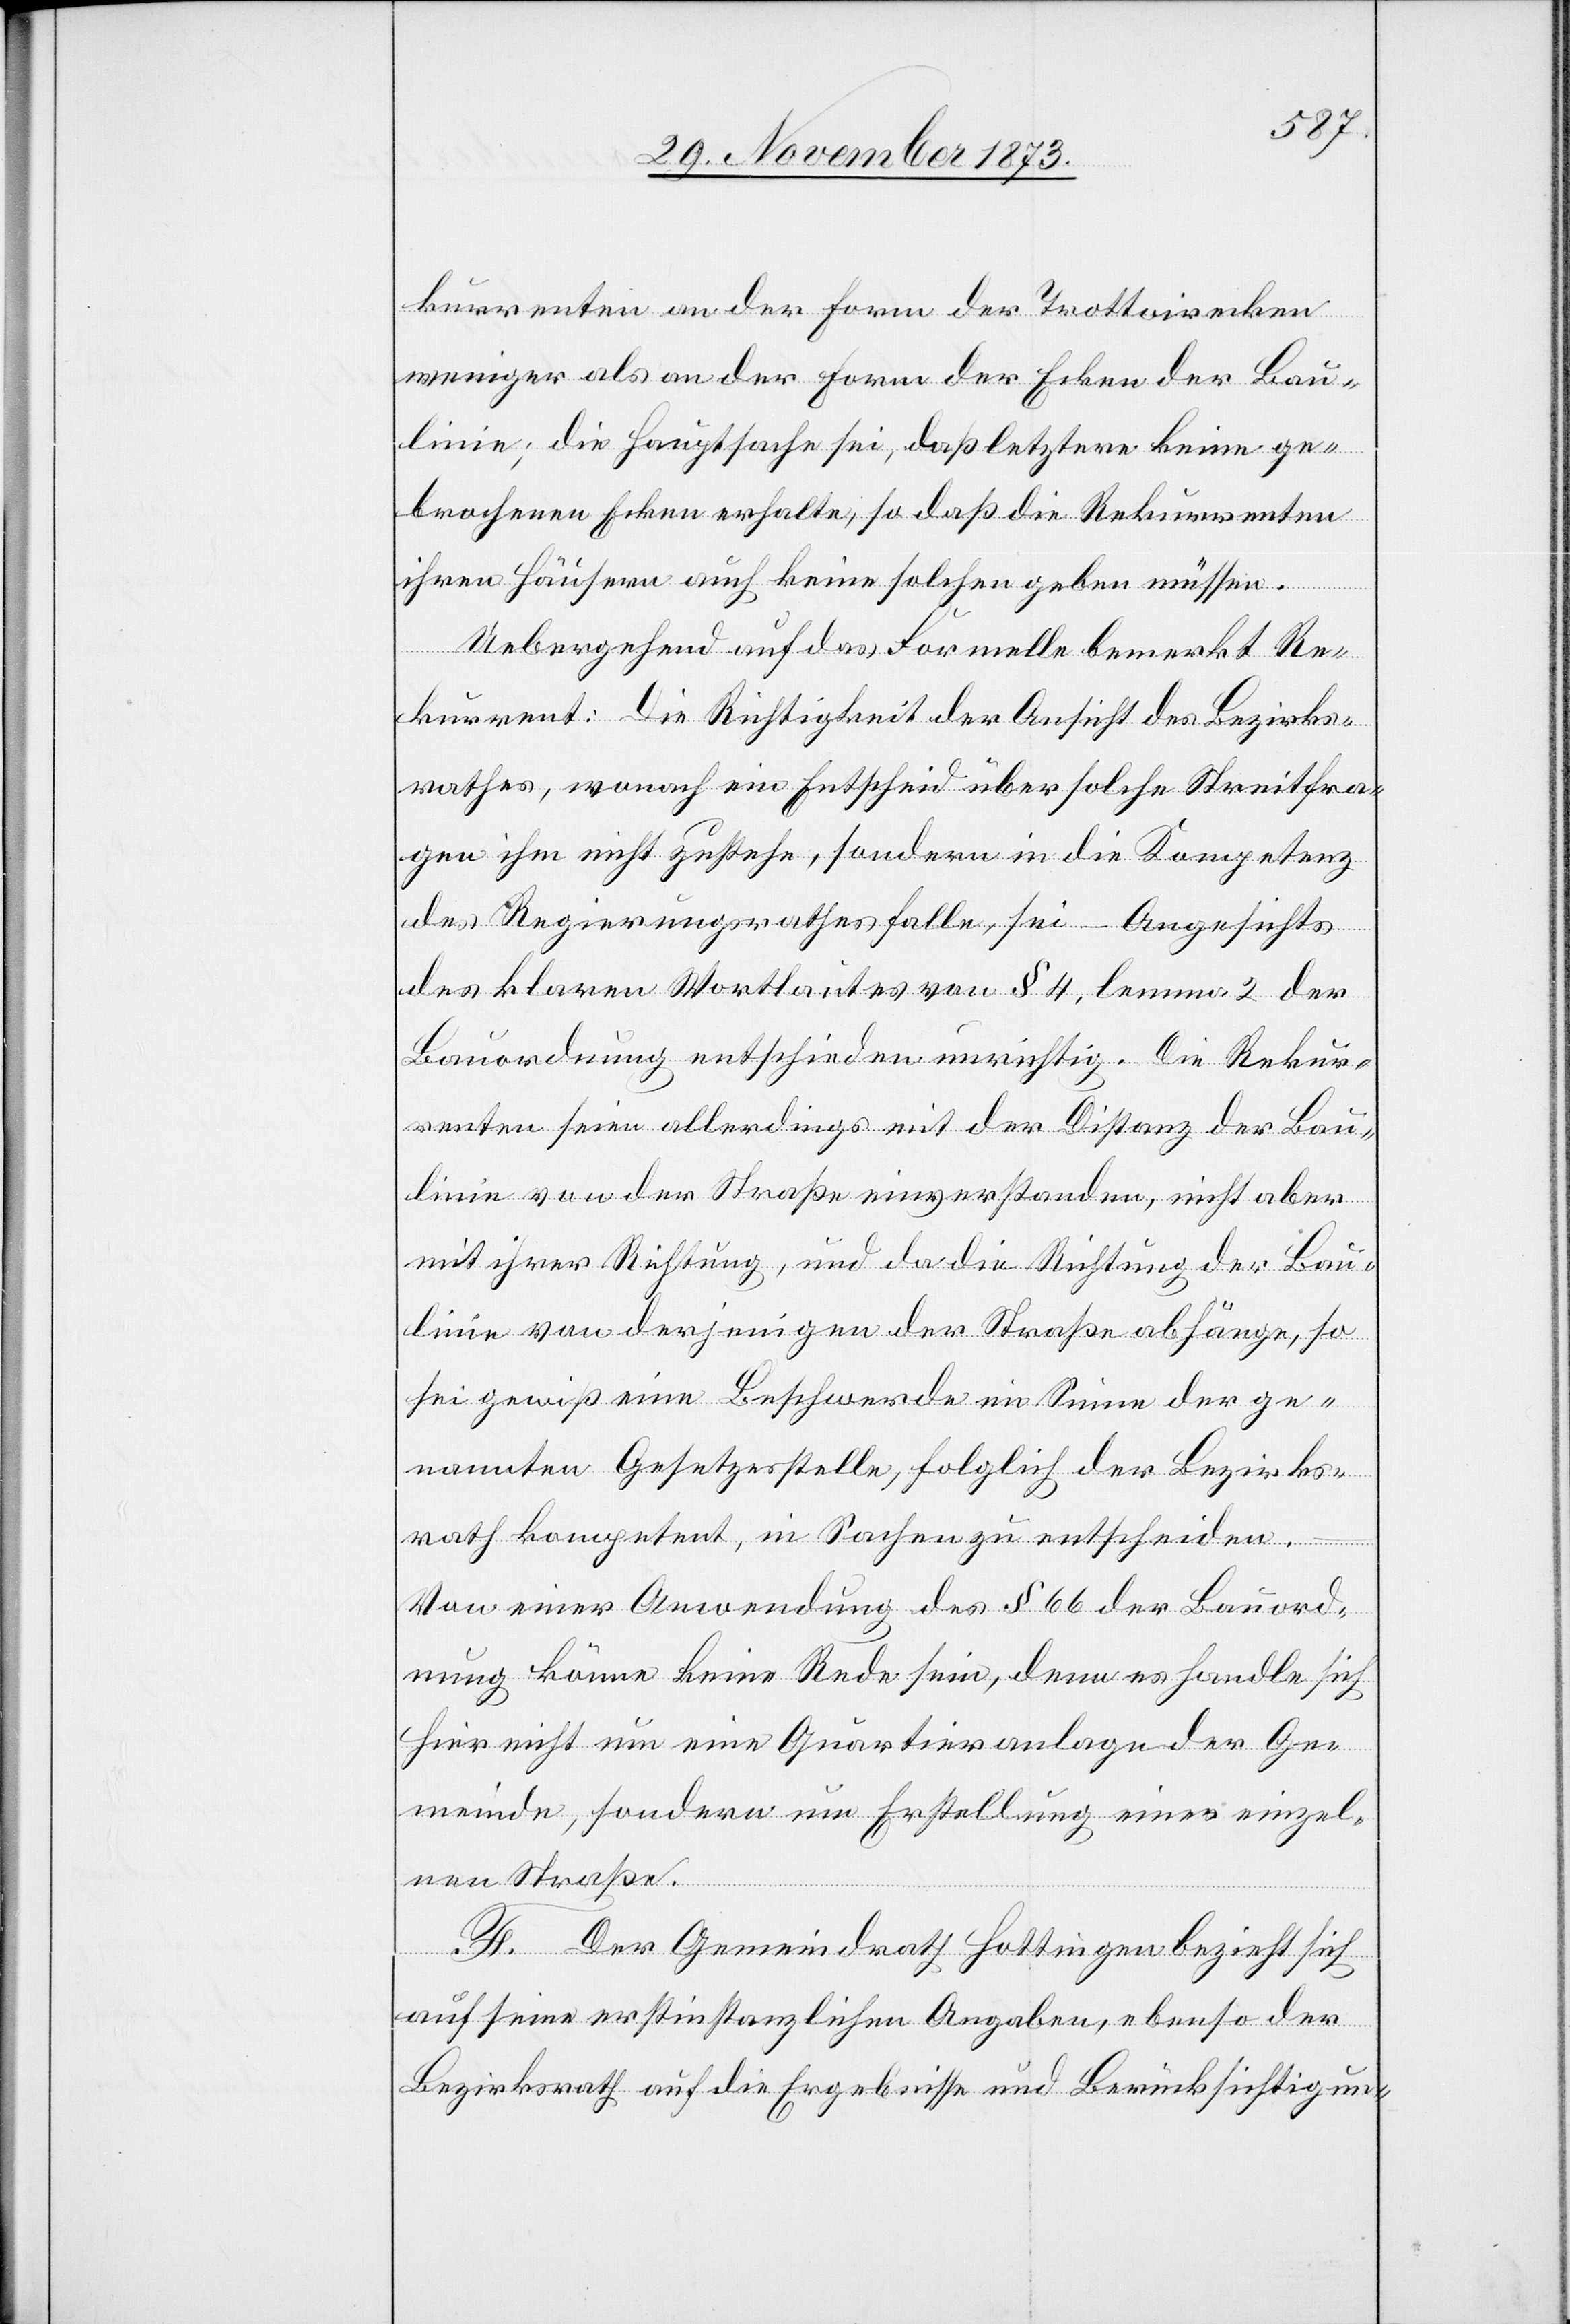
kurrenten an der Form der Trottoirecken
weniger als an der Form der Ecken der Bau¬
linie; die Hauptsache sei, daß letztere keine ge¬
brochenen Ecken erhalte, so daß die Rekurrenten
ihren Häusern auch keine solchen geben müssen.
Uebergehend auf das Formelle bemerkt Re¬
kurrent: Die Richtigkeit der Ansicht des Bezirks¬
rathes, wonach ein Entscheid über solche Streitfra¬
gen ihm nicht zustehe, sondern in die Kompetenz
des Regierungsrathes falle, sei – Angesichts
des klaren Wortlautes von § 4, lemma 2 der
Bauordnung entschieden unrichtig. Die Rekur¬
renten seien allerdings mit der Distanz der Bau¬
linie von der Straße einverstanden, nicht aber
mit ihrer Richtung, und da die Richtung der Bau¬
linie von derjenigen der Straße abhänge, so
sei gewiß eine Beschwerde im Sinne der ge¬
nannten Gesetzesstelle, folglich der Bezirks¬
rath kompetent, in Sachen zu entscheiden.
Von einer Anwendung des § 66 der Bauord¬
nung könne keine Rede sein, denn es handle sich
hier nicht um eine Quartieranlage der Ge¬
meinde, sondern um Erstellung einer einzel¬
nen Straße.
F. Der Gemeindrath Hottingen bezieht sich
auf seine erstinstanzlichen Angaben, ebenso der
Bezirksrath auf die Ergebnisse und Berücksichtigun-